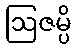
ဩဇမ္ပိ